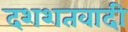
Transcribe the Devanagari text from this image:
दशशतवादी